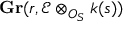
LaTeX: \mathbf { G r } ( r , { \mathcal { E } } \otimes _ { O _ { S } } k ( s ) )